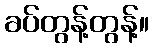
ခပ်တွန့်တွန့်။